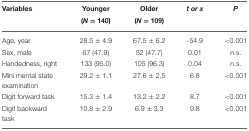
| Variables | Younger (N = 140) | Older (N = 109) | t or x | P |
 | --- | --- | --- | --- | --- |
 | Age, year | 28.5 ± 4.9 | 67.5 ± 6.2 | −54.9 | < 0.001 |
 | Sex, male | 67 (47.9) | 52 (47.7) | 0.01 | n.s. |
 | Handedness, right | 133 (95.0) | 105 (96.3) | 0.04 | n.s. |
 | Mini mental state examination | 29.2 ± 1.1 | 27.6 ± 2.5 | 6.8 | < 0.001 |
 | Digit forward task | 15.3 ± 1.4 | 13.2 ± 2.2 | 8.7 | < 0.001 |
 | Digit backward task | 10.8 ± 2.9 | 6.9 ± 3.3 | 9.8 | < 0.001 |